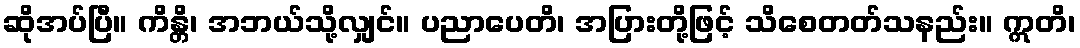
ဆိုအပ်ပြီ။ ကိန္တိ၊ အဘယ်သို့လျှင်။ ပညာပေတိ၊ အပြားတို့ဖြင့် သိစေတတ်သနည်း။ ဣတိ၊